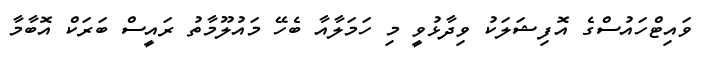
ވައިޓްހައުސްގެ އޮފިޝަަލަކު ވިދާޅުވީ މި ހަމަލާއާ ބެހޭ މައުލޫމާތު ރައީސް ބަރަކް އޮބާމާ